Reports on dispensaries and lunatic asylums in the Province of Oudh - 1869-1876
Year: 1869
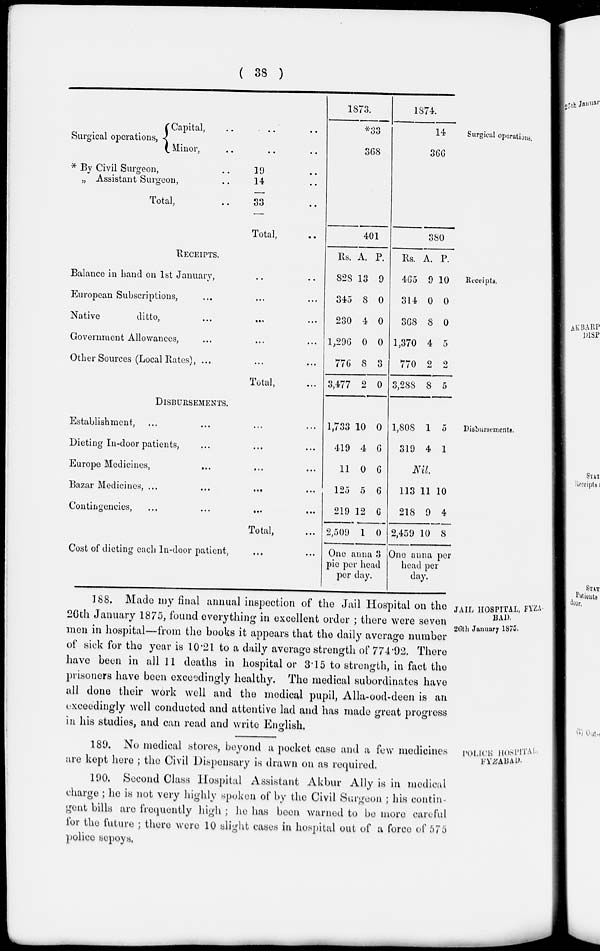
( 38 )
Surgical operations.
Surgical operations,
Capital, ..
Minor, ..
* By Civil Surgeon,
..
„ Assistant Surgeon ..
Total, ..
.. ..
.. ..
19 ..
14 ..
33 ..
Total, ..
1873.
*33
368
401
1874.
14
366
380
Receipts.
RECEIPTS.
Balance in band on 1st January, .. ..
European Subscriptions, ... ... ...
Native
ditto, ... ... ...
Government Allowances, ... ... ...
Other Sources (Local Rates), ... ... ...
Total, ...
Rs.
828
345
230
1,296
776
3,477
A.
13
8
4
0
8
2
P.
9
0
0
0
3
0
Rs.
465
314
368
1,370
770
3,288
A.
9
0
8
4
2
8
P.
10
0
0
5
2
5
Disbursements.
DISBURSEMENTS.
Establishment, ... ... ... ...
Dieting In-door patients, ... ... ... ...
Europe Medicines, ... ... ...
Bazar Medicines,
...
...
...
...
Contingencies,
...
...
...
...
Total, ...
Cost of dieting each In-door patient, ... ...
1,733
419
11
125
219
2,509
10
4
0
5
12
1
0
6
6
6
6
0
One anna 3
pie per head
per day.
1,808
319
1
4
5
1
Nil.
113
218
2,459
11
9
10
10
4
8
One anna per
head per
day.
JAIL HOSPITAL, FYZA-
BAD.
26th January 1875.
188. Made my final annual inspection of the Jail Hospital on the
26th January 1875, found everything in excellent order ; there were seven
men in hospital—from the books it appears that the daily average number
of sick for the year is 10.21 to a daily average strength of 774.92. There
have been in all 11 deaths in hospital or 3.15 to strength, in fact the
prisoners have been exceedingly healthy. The medical subordinates have
all done their work well and the medical pupil, Alla-ood-deen is an
exceedingly well conducted and attentive lad and has made great progress
in his studies, and can read and write English.
POLICE HOSPITAL
FYZABAD.
189. No medical stores, beyond a pocket case and a few medicines
are kept here ; the Civil Dispensary is drawn on as required.
190. Second Class Hospital Assistant Akbur Ally is in medical
charge ; he is not very highly spoken of by the Civil Surgeon ; his contin-
gent bills are frequently high ; he has been warned to be more careful
for the future ; there were 10 slight cases in hospital out of a force of 575
police sepoys.